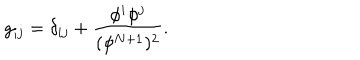
g _ { i j } = \delta _ { i j } + \frac { \phi ^ { i } \phi ^ { j } } { ( \phi ^ { N + 1 } ) ^ { 2 } } .